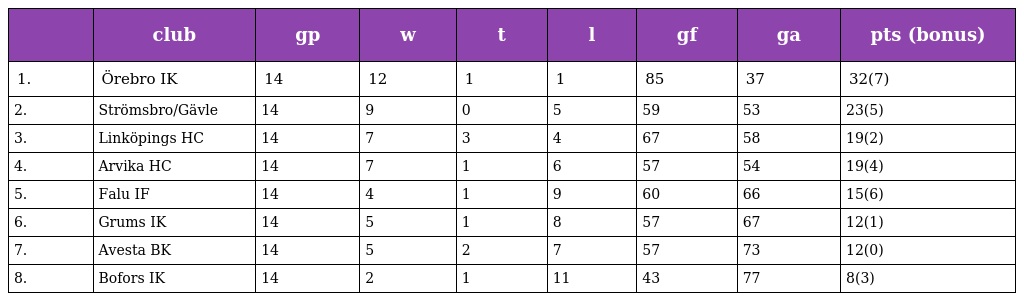
|  | club | gp | w | t | l | gf | ga | pts (bonus) |
 | --- | --- | --- | --- | --- | --- | --- | --- | --- |
 | 1. | Örebro IK | 14 | 12 | 1 | 1 | 85 | 37 | 32(7) |
 | 2. | Strömsbro/Gävle | 14 | 9 | 0 | 5 | 59 | 53 | 23(5) |
 | 3. | Linköpings HC | 14 | 7 | 3 | 4 | 67 | 58 | 19(2) |
 | 4. | Arvika HC | 14 | 7 | 1 | 6 | 57 | 54 | 19(4) |
 | 5. | Falu IF | 14 | 4 | 1 | 9 | 60 | 66 | 15(6) |
 | 6. | Grums IK | 14 | 5 | 1 | 8 | 57 | 67 | 12(1) |
 | 7. | Avesta BK | 14 | 5 | 2 | 7 | 57 | 73 | 12(0) |
 | 8. | Bofors IK | 14 | 2 | 1 | 11 | 43 | 77 | 8(3) |